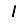
Digit: 1